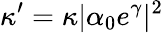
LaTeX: \kappa^{\prime}=\kappa|\alpha_{0}e^{\gamma}|^{2}